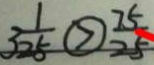
3 \frac { 1 } { 2 5 } \textcircled { > } \frac { 7 5 } { 2 5 }